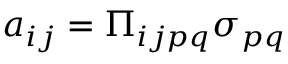
a _ { i j } = \Pi _ { i j p q } \sigma _ { p q }